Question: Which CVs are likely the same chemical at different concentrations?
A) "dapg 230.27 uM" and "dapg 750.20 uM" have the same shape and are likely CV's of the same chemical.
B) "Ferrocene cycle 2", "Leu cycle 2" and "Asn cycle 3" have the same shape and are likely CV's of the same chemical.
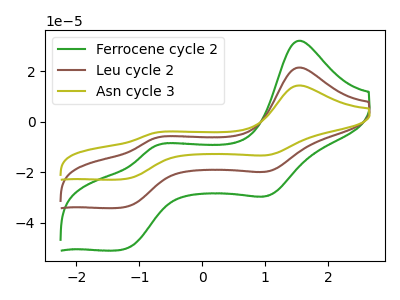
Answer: <think>The green curve "Ferrocene cycle 2" has anodic peaks at (1.55V, 32.20uA) (-0.75V, -9.55uA) and cathodic peaks at (1.05V, -29.05uA) (-1.25V, -50.55uA). The brown curve "Leu cycle 2" has anodic peaks at (1.55V, 21.60uA) (-0.75V, -6.40uA) and cathodic peaks at (1.05V, -19.50uA) (-1.25V, -33.85uA). The olive curve "Asn cycle 3" has anodic peaks at (1.55V, 43.15uA) (-0.75V, -12.75uA) and cathodic peaks at (1.05V, -38.95uA) (-1.25V, -67.75uA).
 All the peaks in "Ferrocene cycle 2" have a peak in "Leu cycle 2" at the same potential. All the peaks in "Ferrocene cycle 2" have a peak in "Asn cycle 3" at the same potential. All the peaks in "Leu cycle 2" have a peak in "Asn cycle 3" at the same potential.</think>
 <answer>B) "Ferrocene cycle 2", "Leu cycle 2" and "Asn cycle 3" have the same shape and are likely CV's of the same chemical.</answer>
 <eval>B</eval>